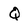
Character: Q